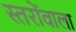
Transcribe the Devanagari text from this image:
स्तरोंवाला